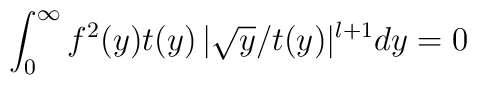
\int_0^\infty f^2(y) t(y) \, | \sqrt y /t(y)|^{l+1} dy = 0